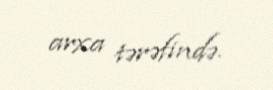
arxa tərəfində.